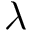
\lambda